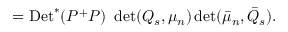
= \mathrm { D e t } ^ { * } ( P ^ { + } P ) ~ \operatorname * { d e t } ( Q _ { s } , \mu _ { n } ) \operatorname * { d e t } ( \bar { \mu } _ { n } , \bar { Q } _ { s } ) .